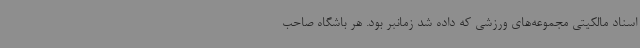
اسناد مالکیتی مجموعه‌های ورزشی که داده شد زمانبر بود. هر باشگاه صاحب